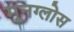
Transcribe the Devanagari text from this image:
मूनग्लोस